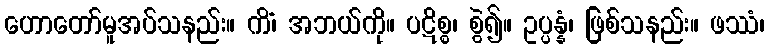
ဟောတော်မူအပ်သနည်း။ ကိံ၊ အဘယ်ကို။ ပဋိစ္စ၊ စွဲ၍။ ဥပ္ပန္နံ၊ ဖြစ်သနည်း။ ဖဿံ၊